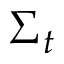
\Sigma _ { t }